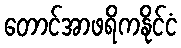
တောင်အာဖရိကနိုင်ငံ